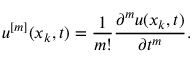
u ^ { [ m ] } ( x _ { k } , t ) = \frac { 1 } { m ! } \frac { \partial ^ { m } u ( x _ { k } , t ) } { \partial t ^ { m } } .